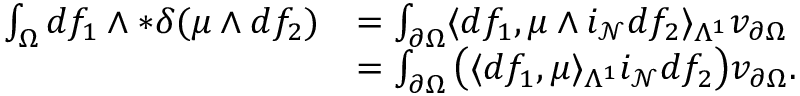
\begin{array} { r l } { \int _ { \Omega } d f _ { 1 } \wedge \ast \delta ( \mu \wedge d f _ { 2 } ) } & { = \int _ { \partial \Omega } \langle d f _ { 1 } , \mu \wedge i _ { \mathcal { N } } d f _ { 2 } \rangle _ { \Lambda ^ { 1 } } v _ { \partial \Omega } } \\ & { = \int _ { \partial \Omega } \big ( \langle d f _ { 1 } , \mu \rangle _ { \Lambda ^ { 1 } } i _ { \mathcal { N } } d f _ { 2 } \big ) v _ { \partial \Omega } . } \end{array}